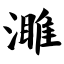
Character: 濉